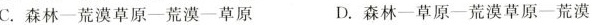
C.森林—荒漠草原—荒漠—草原 D.森林—草原—荒漠草原—荒漠